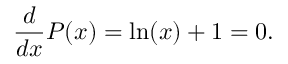
\frac { d } { d x } P ( x ) = \ln ( x ) + 1 = 0 .